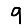
Digit: 9